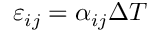
\varepsilon _ { i j } = \alpha _ { i j } \Delta T